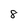
Character: 8